Audit of accounts. Local Government (Scotland) Act, 1929, 1929
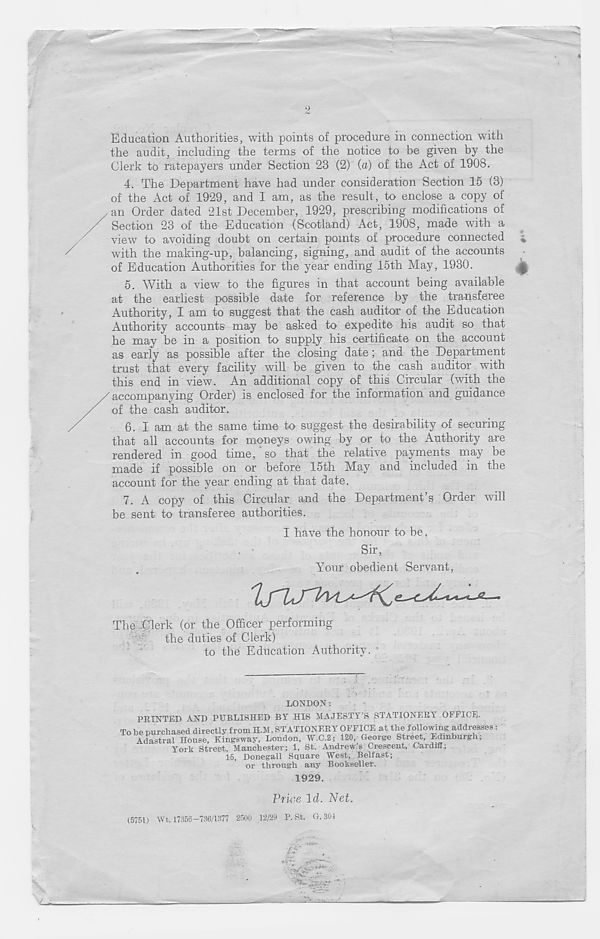
Education Authorities, with points of procedure in connection with
the audit, including the terms of the notice to be given by the
Clerk to ratepayers under Section 23 (2) (a) of the Act of 1908.
4. The Department have had under consideration Section 15 (3)
of the Act of 1929, and I am, as the result, to enclose a copy of
an Order dated 21st December, 1929, prescribing modifications of
Section 23 of the Education (Scotland) Act, 1908, made with a
view to avoiding doubt on certain points of procedure connected
with the making-up, balancing, signing, and audit of the accounts
of Education Authorities for the year ending 15th May, 1930.
5. With a view to the figures in that account being available
at the earliest possible date for reference by the transferee
Authority, I am to suggest that the cash auditor of the Education
Authority accounts may be asked to expedite his audit so that
he may be in a position to supply his certificate on the account
as early as possible after the closing date; and the Department
trust that every facility will be given to the cash auditor with
this end in view. An additional copy of this Circular (with the
accompanying Order) is enclosed for the information and guidance
of the cash auditor.
6. I am at the same time to suggest the desirability of securing
that all accounts for moneys owing by or to the Authority are
rendered in good time, so that the relative payments may be
made if possible on or before 15th May and included in the
account for the year ending at that date.
7. A copy of this Circular and the Department’s Order will
be sent to transferee authorities.
I have the honour to be,
Sir,
Your obedient Servant,
The Clerk (or the Officer performing
the duties of Clerk)
to the Education Authority. -
LONDON:
PRINTED AND PUBLISHED BY HIS MAJESTY’S STATIONERY OFFICE.
To be purchased directly from H.M. STATIONERY OFFICE at the following addresses :
Adastral House, Kingsway, London, W.C.2; 120, George Street, Edinburgh;
York Street, Manchester; 1, St. Andrew s Crescent, Cardiff;
15, Donegall Square West, Belfast;
or through any Bookseller.
1929.
Price Id. Net.
(5751) Wt. 17356-736/1377 2500 12/29 P. St. G. 301